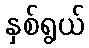
နှစ်ရွယ်